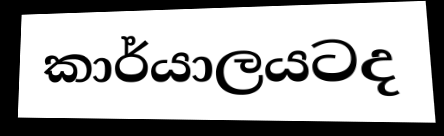
කාර්යාලයටද